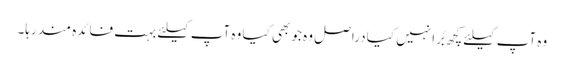
وہ آپ کیلئے کچھ بُرا نہیں کیا دراصل وہ جو بھی کیا وہ آپ کیلئے بہت فائدہ مند رہا۔